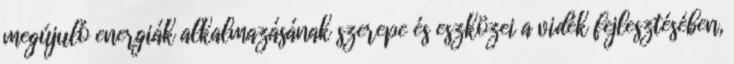
megújuló energiák alkalmazásának szerepe és eszközei a vidék fejlesztésében,